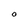
Character: O